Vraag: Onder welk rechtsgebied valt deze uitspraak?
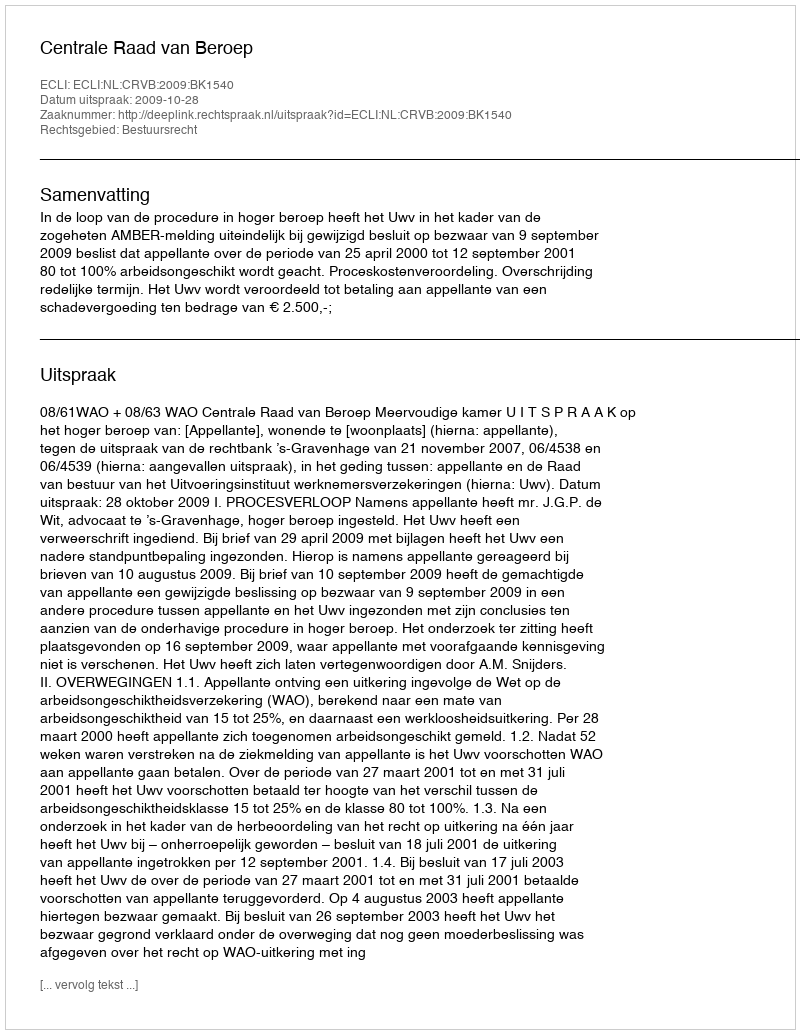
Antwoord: Bestuursrecht